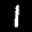
Label: 1